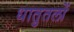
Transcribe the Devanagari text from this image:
धातुतलों